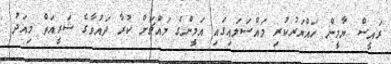
ރައީސް ޔާމީން ހައްޔަރުކުރި މައްސަލައިގައި އަމީންގެ މައްޗަށް ކުރާ ދައުވާގެ ޝަރީއަތް މިއަދު